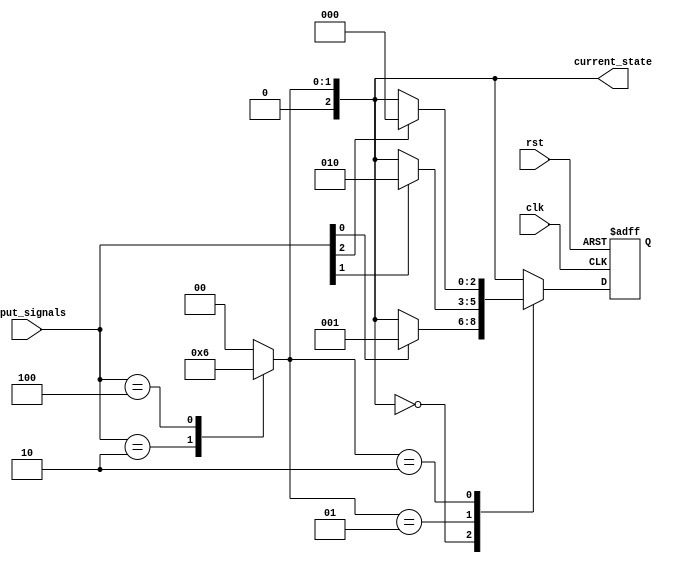
module state_machine (
    input wire clk,
    input wire rst,
    input wire [n-1:0] input_signals,
    output reg [m-1:0] current_state
);

parameter n = 4; // Number of input signals
parameter m = 3; // Number of states

// Define all states
parameter STATE_A = 2'b00;
parameter STATE_B = 2'b01;
parameter STATE_C = 2'b10;
// Add more states as needed

// Priority encoding logic
always @(*)
begin
    case(input_signals)
        // Define priority encoding logic here
        // Assign states based on priority
        // For example:
        4'b0001: current_state <= STATE_A;
        4'b0010: current_state <= STATE_B;
        4'b0100: current_state <= STATE_C;
        default: current_state <= STATE_A; // Default state
    endcase
end

// State machine logic
always @(posedge clk or posedge rst)
begin
    if(rst)
        current_state <= STATE_A; // Reset to initial state
    else
    begin
        case(current_state)
            // Define state transitions and corresponding operations here
            // For example:
            STATE_A: if(input_signals[0]) current_state <= STATE_B;
            STATE_B: if(input_signals[1]) current_state <= STATE_C;
            STATE_C: if(input_signals[2]) current_state <= STATE_A;
            // Add more state transitions as needed
        endcase
    end
end

endmodule